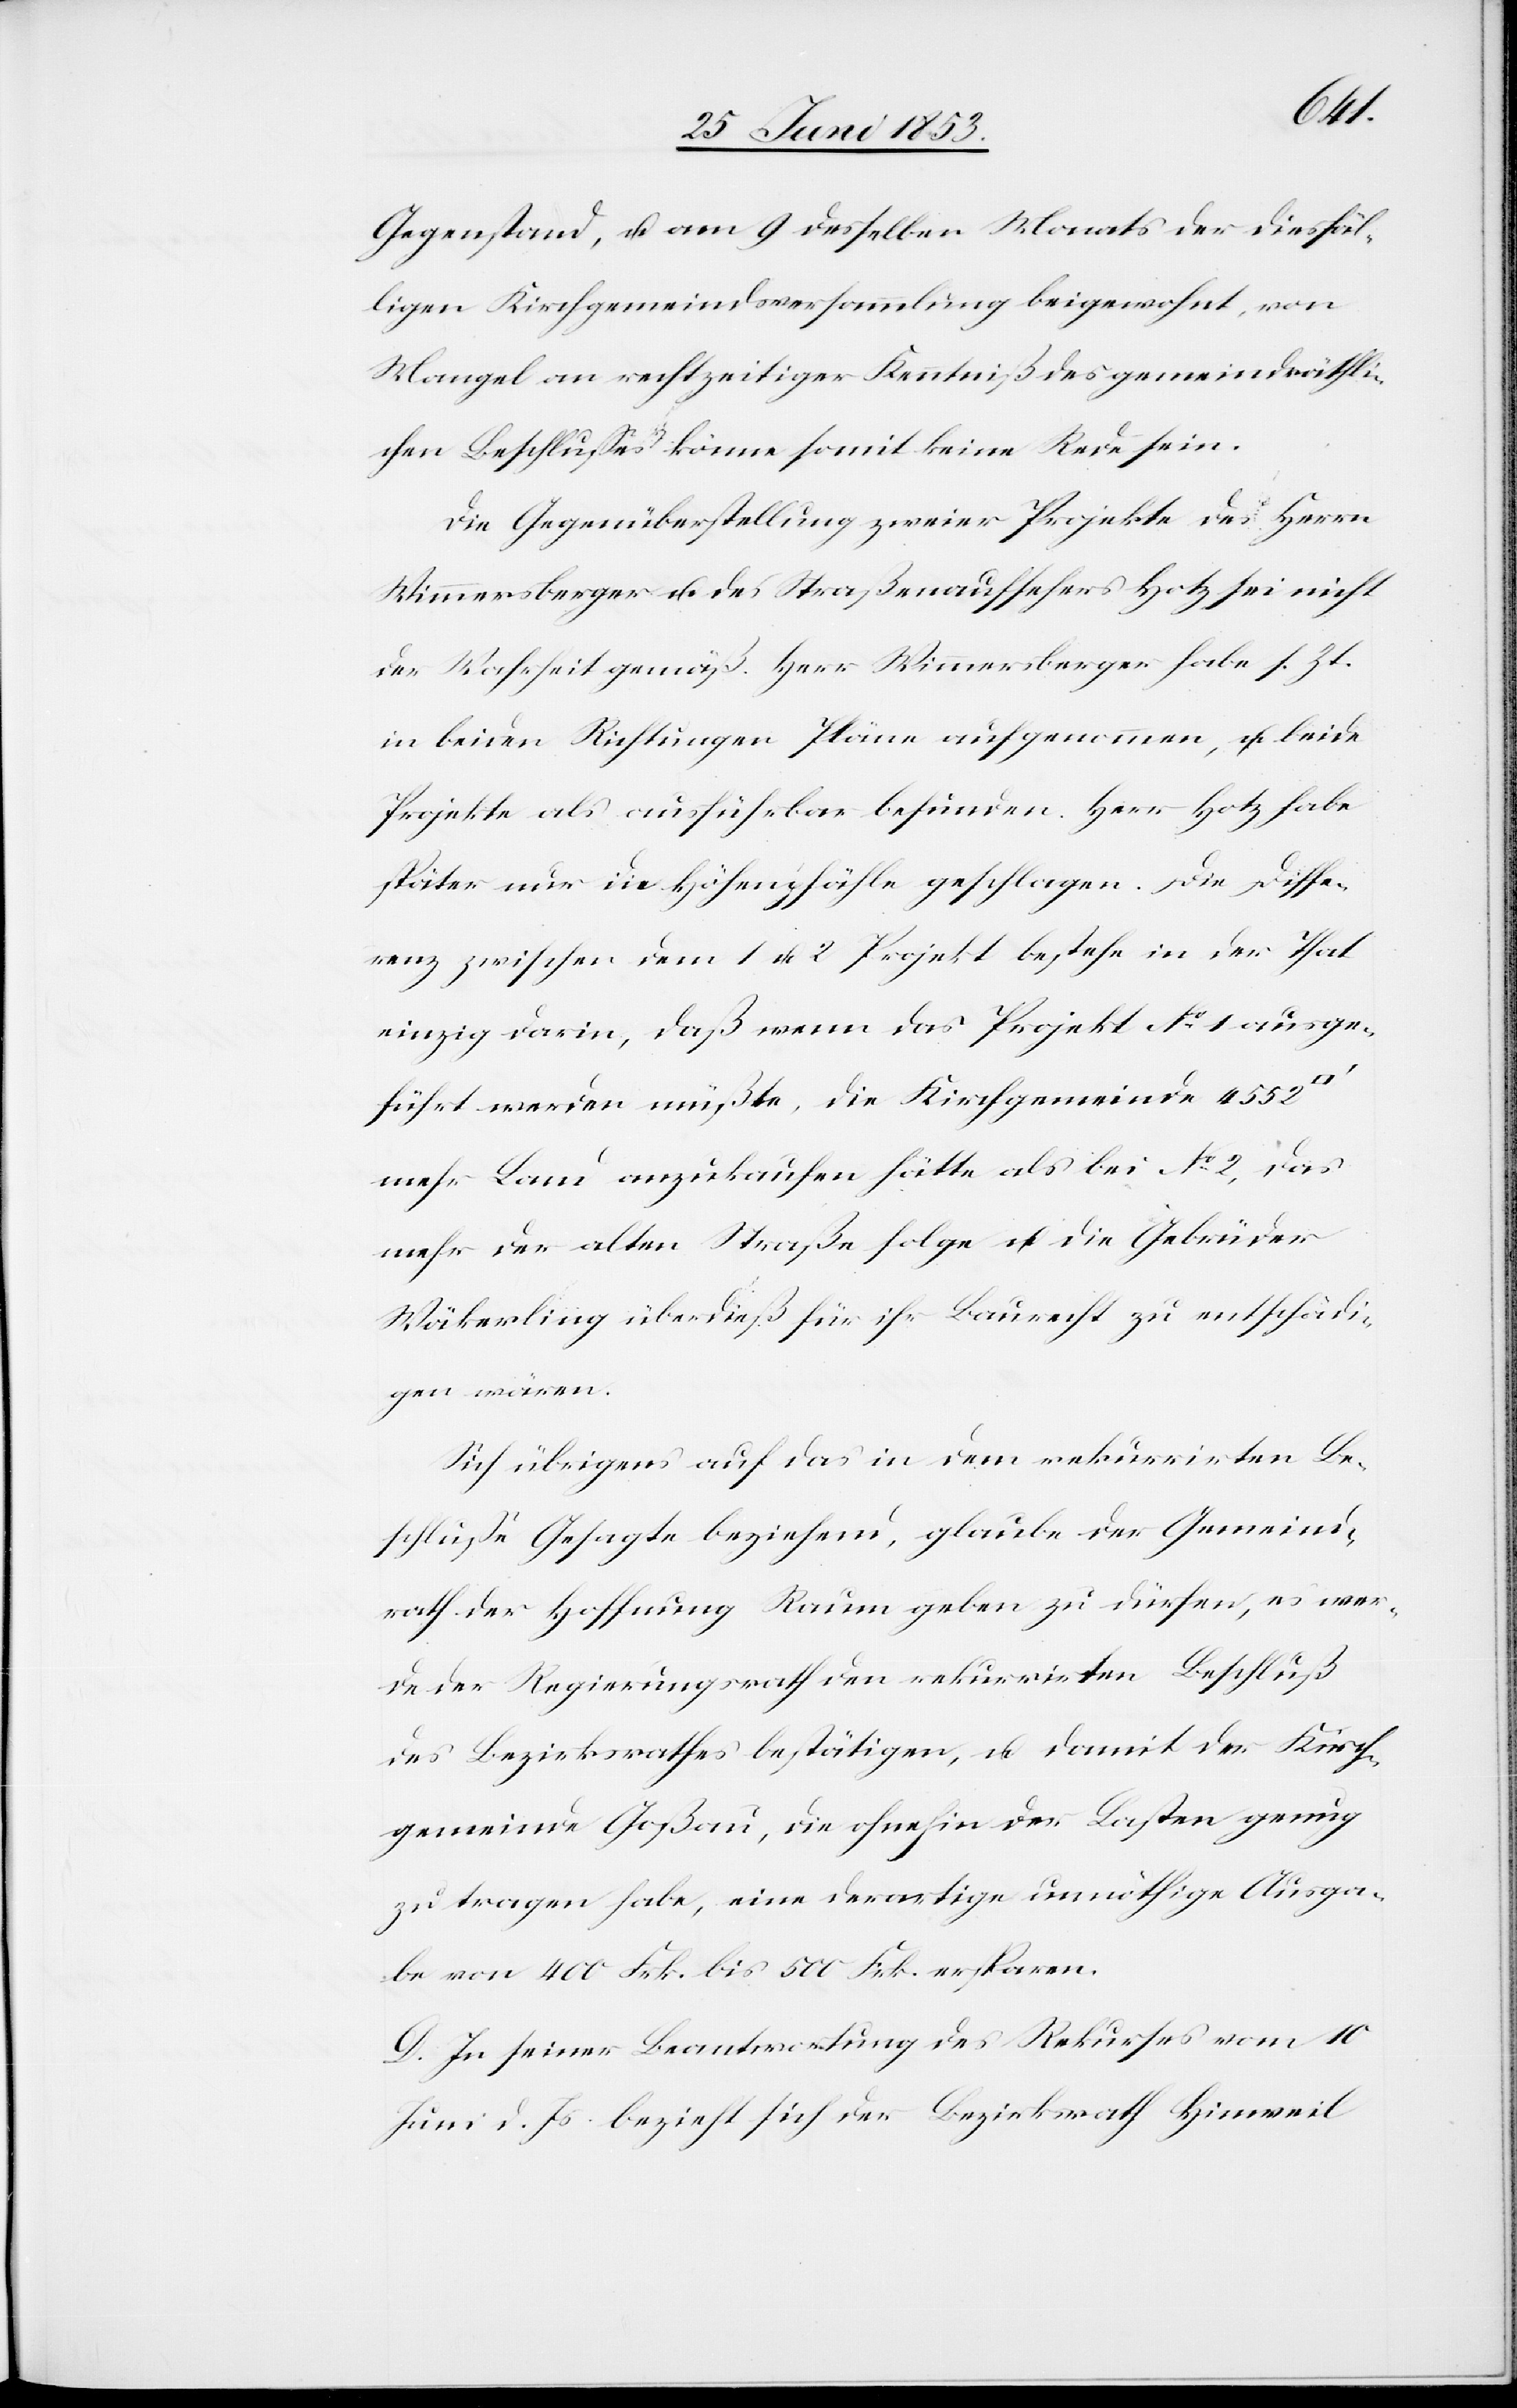
Gegenstand, u. am 9 desselben Monats der diesfäl¬
ligen Kirchgemeindsversammlung beigewohnt, von
Mangel an rechtzeitigen Kenntniß des gemeindräthli¬
chen Beschlußes könne somit keine Rede sein.
Die Gegenüberstellung zweier Projekte des Herrn
Wimmersberger u. des Straßenaufsehers Hotz sei nicht
de Wahrheit gemäß. Herr Wimmersberger habe s. Zt.
in beiden Richtungen Pläne aufgenommen, u. beide
Projekte als ausführbar befunden. Herr Hotz habe
später nur die Höfenpfähle geschlagen. Die Diffe¬
renz zwischen dem 1. u. 2. Projekt bestehe in der That
einzig darin, daß wenn das Projekt N°. 1 ausge¬
führt werden müßte, die Kirchgemeinde 4552
mehr Land anzukaufen hätte als bei N°. 2, das
mehr der alten Straße folge u. die Gebrüder
Wäkerling überdieß für ihr Baurecht zu entschädi¬
gen wären.
Sich übrigens auf das in dem rekurrirten Be¬
schluße Gesagte beziehend, glaube der Gemeind¬
rath der Hoffnung Raum geben zu dürfen, es wer¬
de der Regierungsrath den rekurrirten Beschluß
des Bezirksrathes bestätigen, u. damit der Kirch¬
gemeinde Goßau, die ohnehin der Lasten genug
zu tragen habe, eine derartige unnöthige Ausga¬
be von 400 Frk. bis 500 Frk. ersparen.
D. In seiner Beantwortung des Rekurses vom 10
Juni d. Js. bezieht sich der Bezirksrath Hinweil